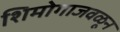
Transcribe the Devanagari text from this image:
शिमोगाजवळून